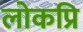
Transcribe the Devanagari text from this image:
लोकप्रि